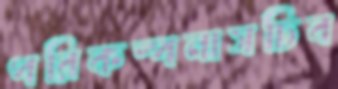
পরিকল্পনাসচিব